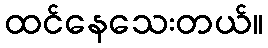
ထင်နေသေးတယ်။